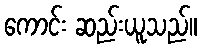
ကောင်း ဆည်းယူသည်။